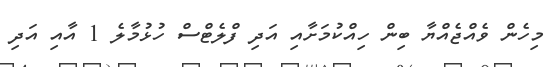
މިހެން ވެއްޖެއްޔާ ބިން ހިއްކުމަށާއި އަދި ފްލެޓްސް ހުޅުމާލެ 1 އާއި އަދި